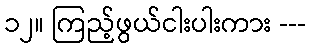
၁၂။ ကြည့်ဖွယ်ငါးပါးကား ---